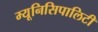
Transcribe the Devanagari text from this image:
म्यूनिसिपालिटी